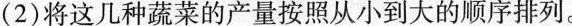
(2)将这几种蔬菜的产量按照从小到大的顺序排列。